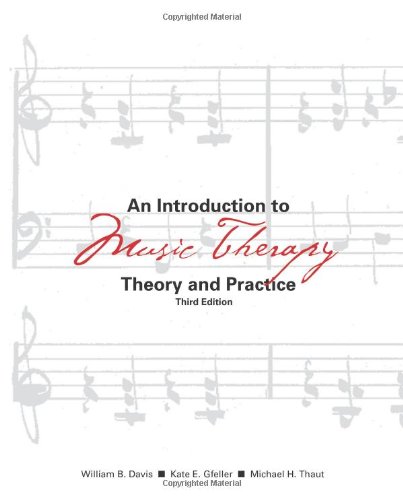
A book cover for An Introduction to Music Therapy: Theory and Practice, 3rd Edition; William B. Davis; Reference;